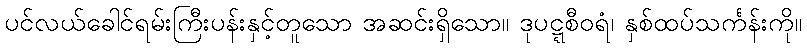
ပင်လယ်ခေါင်ရမ်းကြီးပန်းနှင့်တူသော အဆင်းရှိသော။ ဒုပဋ္ဋစီဝရံ၊ နှစ်ထပ်သင်္ကန်းကို။